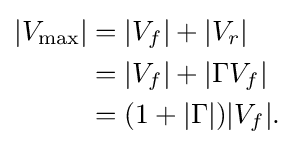
{\begin{aligned}|V_{\text{max}}|&=|V_{f}|+|V_{r}|\\&=|V_{f}|+|\Gamma V_{f}|\\&=(1+|\Gamma |)|V_{f}|.\end{aligned}}